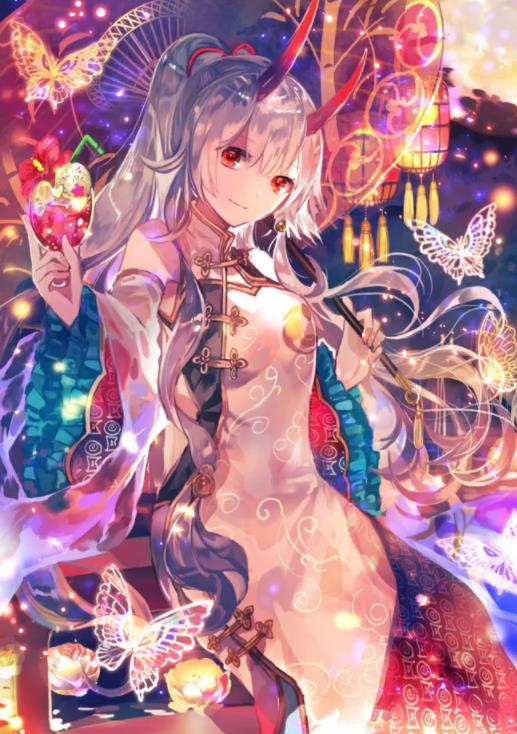
晴云满户团倾盖，秋水浮阶溜决渠。